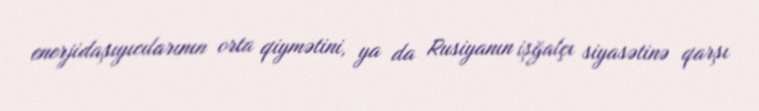
enerjidaşıyıcılarının orta qiymətini, ya da Rusiyanın işğalçı siyasətinə qarşı